Vaccination in Bombay 1874-1876 - 1874-1876
Year: 1874
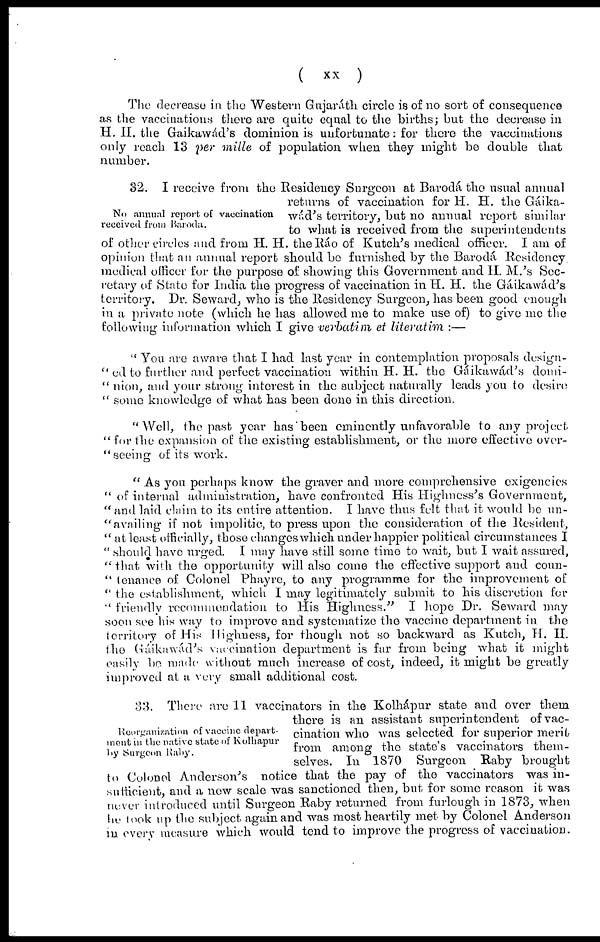
(
xx
)
The decrease in the Western Gujaráth circle is of no sort of consequence
as the vaccinations there are quite equal to the births; but the decrease in
H. H. the Gaikawád's dominion is unfortunate: for there the vaccinations
only reach 13 per mille of population when they might be double that
number.
No annual report of vaccination
received from Baroda.
32. I receive from the Residency Surgeon at Barodá the usual annual
returns of vaccination for H. H. the Gáika-
wád's territory, but no annual report similar
to "what is received from the superintendents
of other circles and from H. H. the Ráo of Kutch's medical officer. I am of
opinion that an annual report should be furnished by the Barodá Residency
medical officer for the purpose of showing this Government and H. M.'s Sec-
retary of State for India the progress of vaccination in H. H. the Gáikawád's
territory. Dr. Seward, who is the Residency Surgeon, has been good enough
in a private note (which he has allowed me to make use of) to give me the
following information which I give verbatim et literatim :—
" You are aware that I had last year in contemplation proposals design-
-ed to further and perfect vaccination within H. H. the Gáikawád's domi-
" nion, and your strong interest in the subject naturally leads you to desire
" some knowledge of what has been done in this direction.
"Well, the past year has been eminently unfavorable to any project.
" for the expansion of the existing establishment, or the more effective over-
" seeing of its work.
" As you perhaps know the graver and more comprehensive exigencies
" of internal administration, have confronted His Highness's Government,
"and laid claim to its entire attention. I have thus felt that it would be un-
"availing if not impolitic, to press upon the consideration of the Resident,
" at least officially, those changes which under happier political circumstances I
" should have urged. I may have still some time to wait, but I wait assured,
" that with the opportunity will also come the effective support and coun-
" tenance of Colonel Phayre, to any programme for the improvement of
" the establishment, which I may legitimately submit to his discretion for
" friendly recommendation to His Highness." I hope Dr. Seward may
soon see his way to improve and systematize the vaccine department in the
territory of His Highness, for though not so backward as Kutch, H. H.
the Gáikawád's vaccination department is far from being what it might
easily be made without much increase of cost, indeed, it might be greatly
improved at a very small additional cost.
Reorganization of vaccine depart-
ment in the native state of Kolhapur
by Surgeon Raby.
33. There are 11 vaccinators in the Kolhápur state and over them
there is an assistant superintendent of vac-
cination who was selected for superior merit
from among the state's vaccinators them-
selves. In 1870 Surgeon Raby brought
to Colonel Anderson's notice that the pay of the vaccinators was in-
sufficient, and a new scale was sanctioned then, but for some reason it was
never introduced until Surgeon Raby returned from furlough in 1873, when
he took up the subject again and was most heartily met by Colonel Anderson
in every measure which would tend to improve the progress of vaccination.